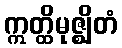
ဣတ္ထိမုဇ္ဈိတံ